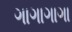
ગાગાગાગા